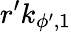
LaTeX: r^{\prime}k_{\phi^{\prime},1}